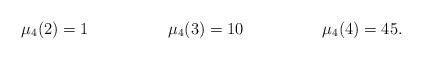
LaTeX: \begin{align*} \mu_4( 2 ) &= 1 & \mu_4( 3 ) &= 10 & \mu_4( 4 ) &= 45.\end{align*}